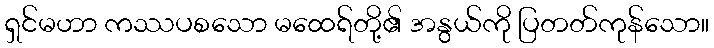
ရှင်မဟာ ကဿပစသော မထေရ်တို့၏ အနွယ်ကို ပြတတ်ကုန်သော။